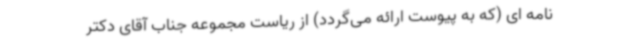
نامه ای (که به پیوست ارائه می‌گردد) از ریاست مجموعه جناب آقای دکتر